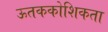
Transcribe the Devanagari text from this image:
ऊतककोशिकता